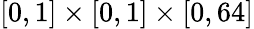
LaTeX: [0,1]\times[0,1]\times[0,64]